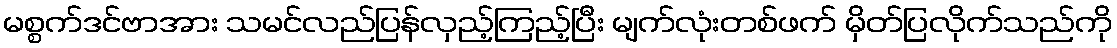
မစ္စက်ဒင်ဗာအား သမင်လည်ပြန်လှည့်ကြည့်ပြီး မျက်လုံးတစ်ဖက် မှိတ်ပြလိုက်သည်ကို